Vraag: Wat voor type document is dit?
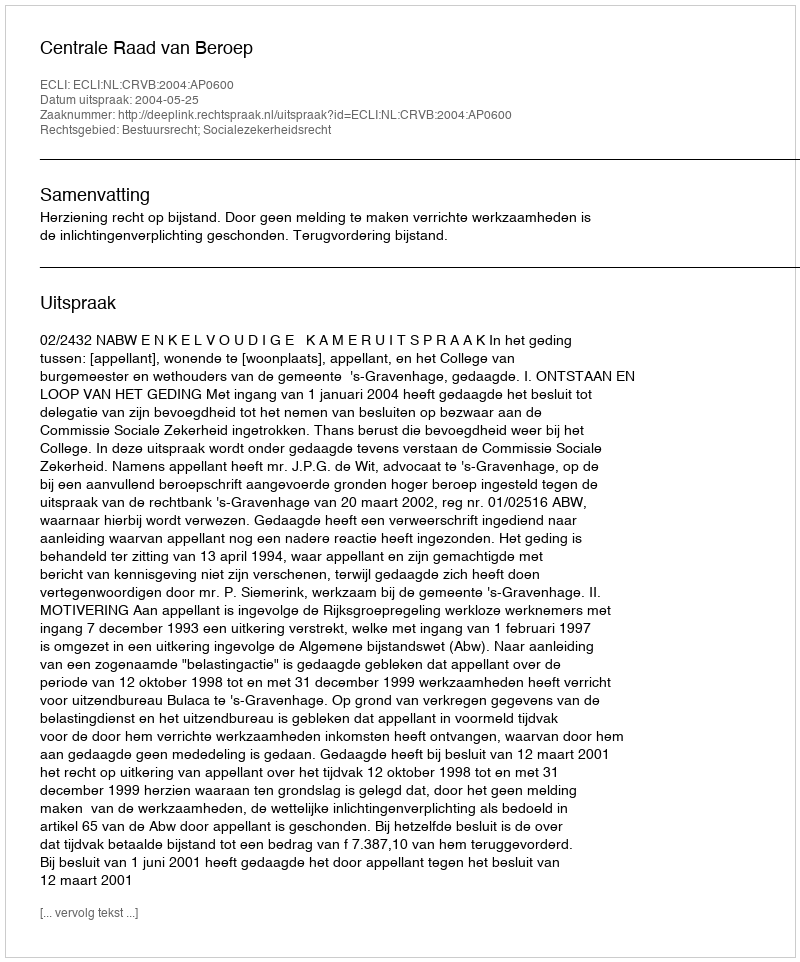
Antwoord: Uitspraak